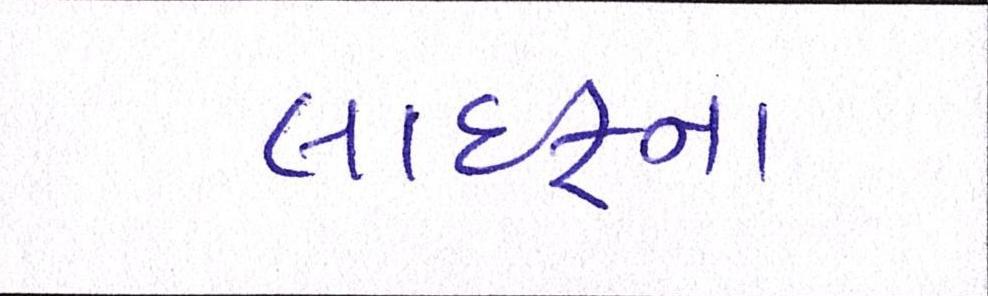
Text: લાઈફના